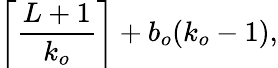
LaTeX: \left\lceil\frac{L+1}{k_{o}}\right\rceil+b_{o}(k_{o}-1),